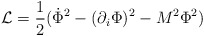
\begin{align*}{\cal L}=\frac{1}{2} (\dot{\Phi}^2-(\partial_i\Phi)^2-M^2\Phi^2)\end{align*}